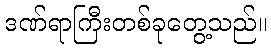
ဒဏ်ရာကြီးတစ်ခုတွေ့သည်။